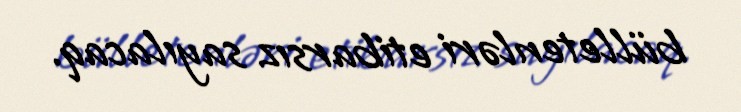
bülletenləri etibarsız sayılacaq.